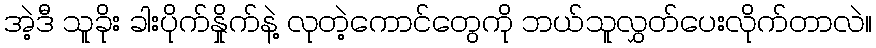
အဲ့ဒီ သူခိုး ခါးပိုက်နှိုက်နဲ့ လုတဲ့ကောင်တွေကို ဘယ်သူလွှတ်ပေးလိုက်တာလဲ။